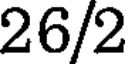
26/2